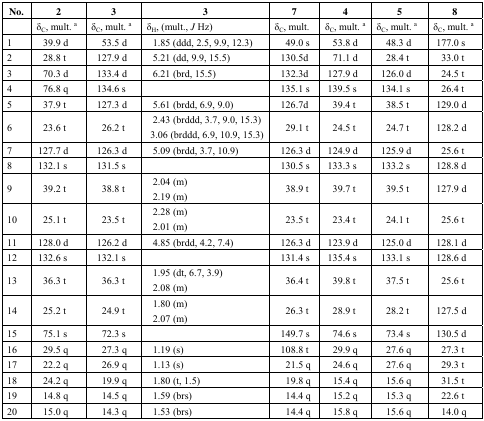
<table><thead><tr><td><b>No.</b></td><td><b>2</b></td><td><b>3</b></td><td><b>3</b></td><td><b>7</b></td><td><b>4</b></td><td><b>5</b></td><td><b>8</b></td></tr><tr><td></td><td><b>δ<sub>C</sub>, mult. a</b></td><td><b>δ<sub>C</sub>, mult. a</b></td><td><b>δ<sub>H</sub>, (mult., <i>J</i> Hz)</b></td><td><b>δ<sub>C</sub>, mult.</b></td><td><b>δ<sub>C</sub>, mult. a</b></td><td><b>δ<sub>C</sub>, mult. a</b></td><td><b>δ<sub>C</sub>, mult. a</b></td></tr></thead><tbody><tr><td>1</td><td>39.9 d</td><td>53.5 d</td><td>1.85 (ddd, 2.5, 9.9, 12.3)</td><td>49.0 s</td><td>53.8 d</td><td>48.3 d</td><td>177.0 s</td></tr><tr><td>2</td><td>28.8 t</td><td>127.9 d</td><td>5.21 (dd, 9.9, 15.5)</td><td>130.5d</td><td>71.1 d</td><td>28.4 t</td><td>33.0 t</td></tr><tr><td>3</td><td>70.3 d</td><td>133.4 d</td><td>6.21 (brd, 15.5)</td><td>132.3d</td><td>127.9 d</td><td>126.0 d</td><td>24.5 t</td></tr><tr><td>4</td><td>76.8 q</td><td>134.6 s</td><td></td><td>135.1 s</td><td>139.5 s</td><td>134.1 s</td><td>26.4 t</td></tr><tr><td>5</td><td>37.9 t</td><td>127.3 d</td><td>5.61 (brdd, 6.9, 9.0)</td><td>126.7d</td><td>39.4 t</td><td>38.5 t</td><td>129.0 d</td></tr><tr><td>6</td><td>23.6 t</td><td>26.2 t</td><td>2.43 (brddd, 3.7, 9.0, 15.3) 3.06 (brddd, 6.9, 10.9, 15.3)</td><td>29.1 t</td><td>24.5 t</td><td>24.7 t</td><td>128.2 d</td></tr><tr><td>7</td><td>127.7 d</td><td>126.3 d</td><td>5.09 (brdd, 3.7, 10.9)</td><td>126.3 d</td><td>124.9 d</td><td>125.9 d</td><td>25.6 t</td></tr><tr><td>8</td><td>132.1 s</td><td>131.5 s</td><td></td><td>130.5 s</td><td>133.3 s</td><td>133.2 s</td><td>128.8 d</td></tr><tr><td>9</td><td>39.2 t</td><td>38.8 t</td><td>2.04 (m) 2.19 (m)</td><td>38.9 t</td><td>39.7 t</td><td>39.5 t</td><td>127.9 d</td></tr><tr><td>10</td><td>25.1 t</td><td>23.5 t</td><td>2.28 (m) 2.01 (m)</td><td>23.5 t</td><td>23.4 t</td><td>24.1 t</td><td>25.6 t</td></tr><tr><td>11</td><td>128.0 d</td><td>126.2 d</td><td>4.85 (brdd, 4.2, 7.4)</td><td>126.3 d</td><td>123.9 d</td><td>125.0 d</td><td>128.1 d</td></tr><tr><td>12</td><td>132.6 s</td><td>132.1 s</td><td></td><td>131.4 s</td><td>135.4 s</td><td>133.1 s</td><td>128.6 d</td></tr><tr><td>13</td><td>36.3 t</td><td>36.3 t</td><td>1.95 (dt, 6.7, 3.9) 2.08 (m)</td><td>36.4 t</td><td>39.8 t</td><td>37.5 t</td><td>25.6 t</td></tr><tr><td>14</td><td>25.2 t</td><td>24.9 t</td><td>1.80 (m) 2.07 (m)</td><td>26.3 t</td><td>28.9 t</td><td>28.2 t</td><td>127.5 d</td></tr><tr><td>15</td><td>75.1 s</td><td>72.3 s</td><td></td><td>149.7 s</td><td>74.6 s</td><td>73.4 s</td><td>130.5 d</td></tr><tr><td>16</td><td>29.5 q</td><td>27.3 q</td><td>1.19 (s)</td><td>108.8 t</td><td>29.9 q</td><td>27.6 q</td><td>27.3 t</td></tr><tr><td>17</td><td>22.2 q</td><td>26.9 q</td><td>1.13 (s)</td><td>21.5 q</td><td>24.6 q</td><td>27.6 q</td><td>29.3 t</td></tr><tr><td>18</td><td>24.2 q</td><td>19.9 q</td><td>1.80 (t, 1.5)</td><td>19.8 q</td><td>15.4 q</td><td>15.6 q</td><td>31.5 t</td></tr><tr><td>19</td><td>14.8 q</td><td>14.5 q</td><td>1.59 (brs)</td><td>14.4 q</td><td>15.2 q</td><td>15.3 q</td><td>22.6 t</td></tr><tr><td>20</td><td>15.0 q</td><td>14.3 q</td><td>1.53 (brs)</td><td>14.4 q</td><td>15.8 q</td><td>15.6 q</td><td>14.0 q</td></tr></tbody></table>